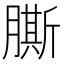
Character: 𦠭